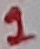
Text: 1